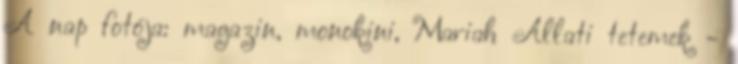
A nap fotója: magazin, monokini, Mariah Állati tetemek -